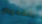
بتقديم